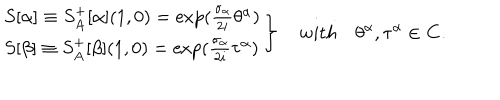
LaTeX: \left. \begin{array} { l } { { S [ \alpha ] \equiv S _ { A } ^ { + } [ \alpha ] ( 1 , 0 ) = \exp ( \frac { \sigma _ { \alpha } } { 2 i } \theta ^ { \alpha } ) } } \\ { { S [ \beta ] \equiv S _ { A } ^ { + } [ \beta ] ( 1 , 0 ) = \exp ( \frac { \sigma _ { \alpha } } { 2 i } \tau ^ { \alpha } ) } } \\ \end{array} \right\} \quad w i t h \quad \theta ^ { \alpha } , \tau ^ { \alpha } \in { \bf C } .